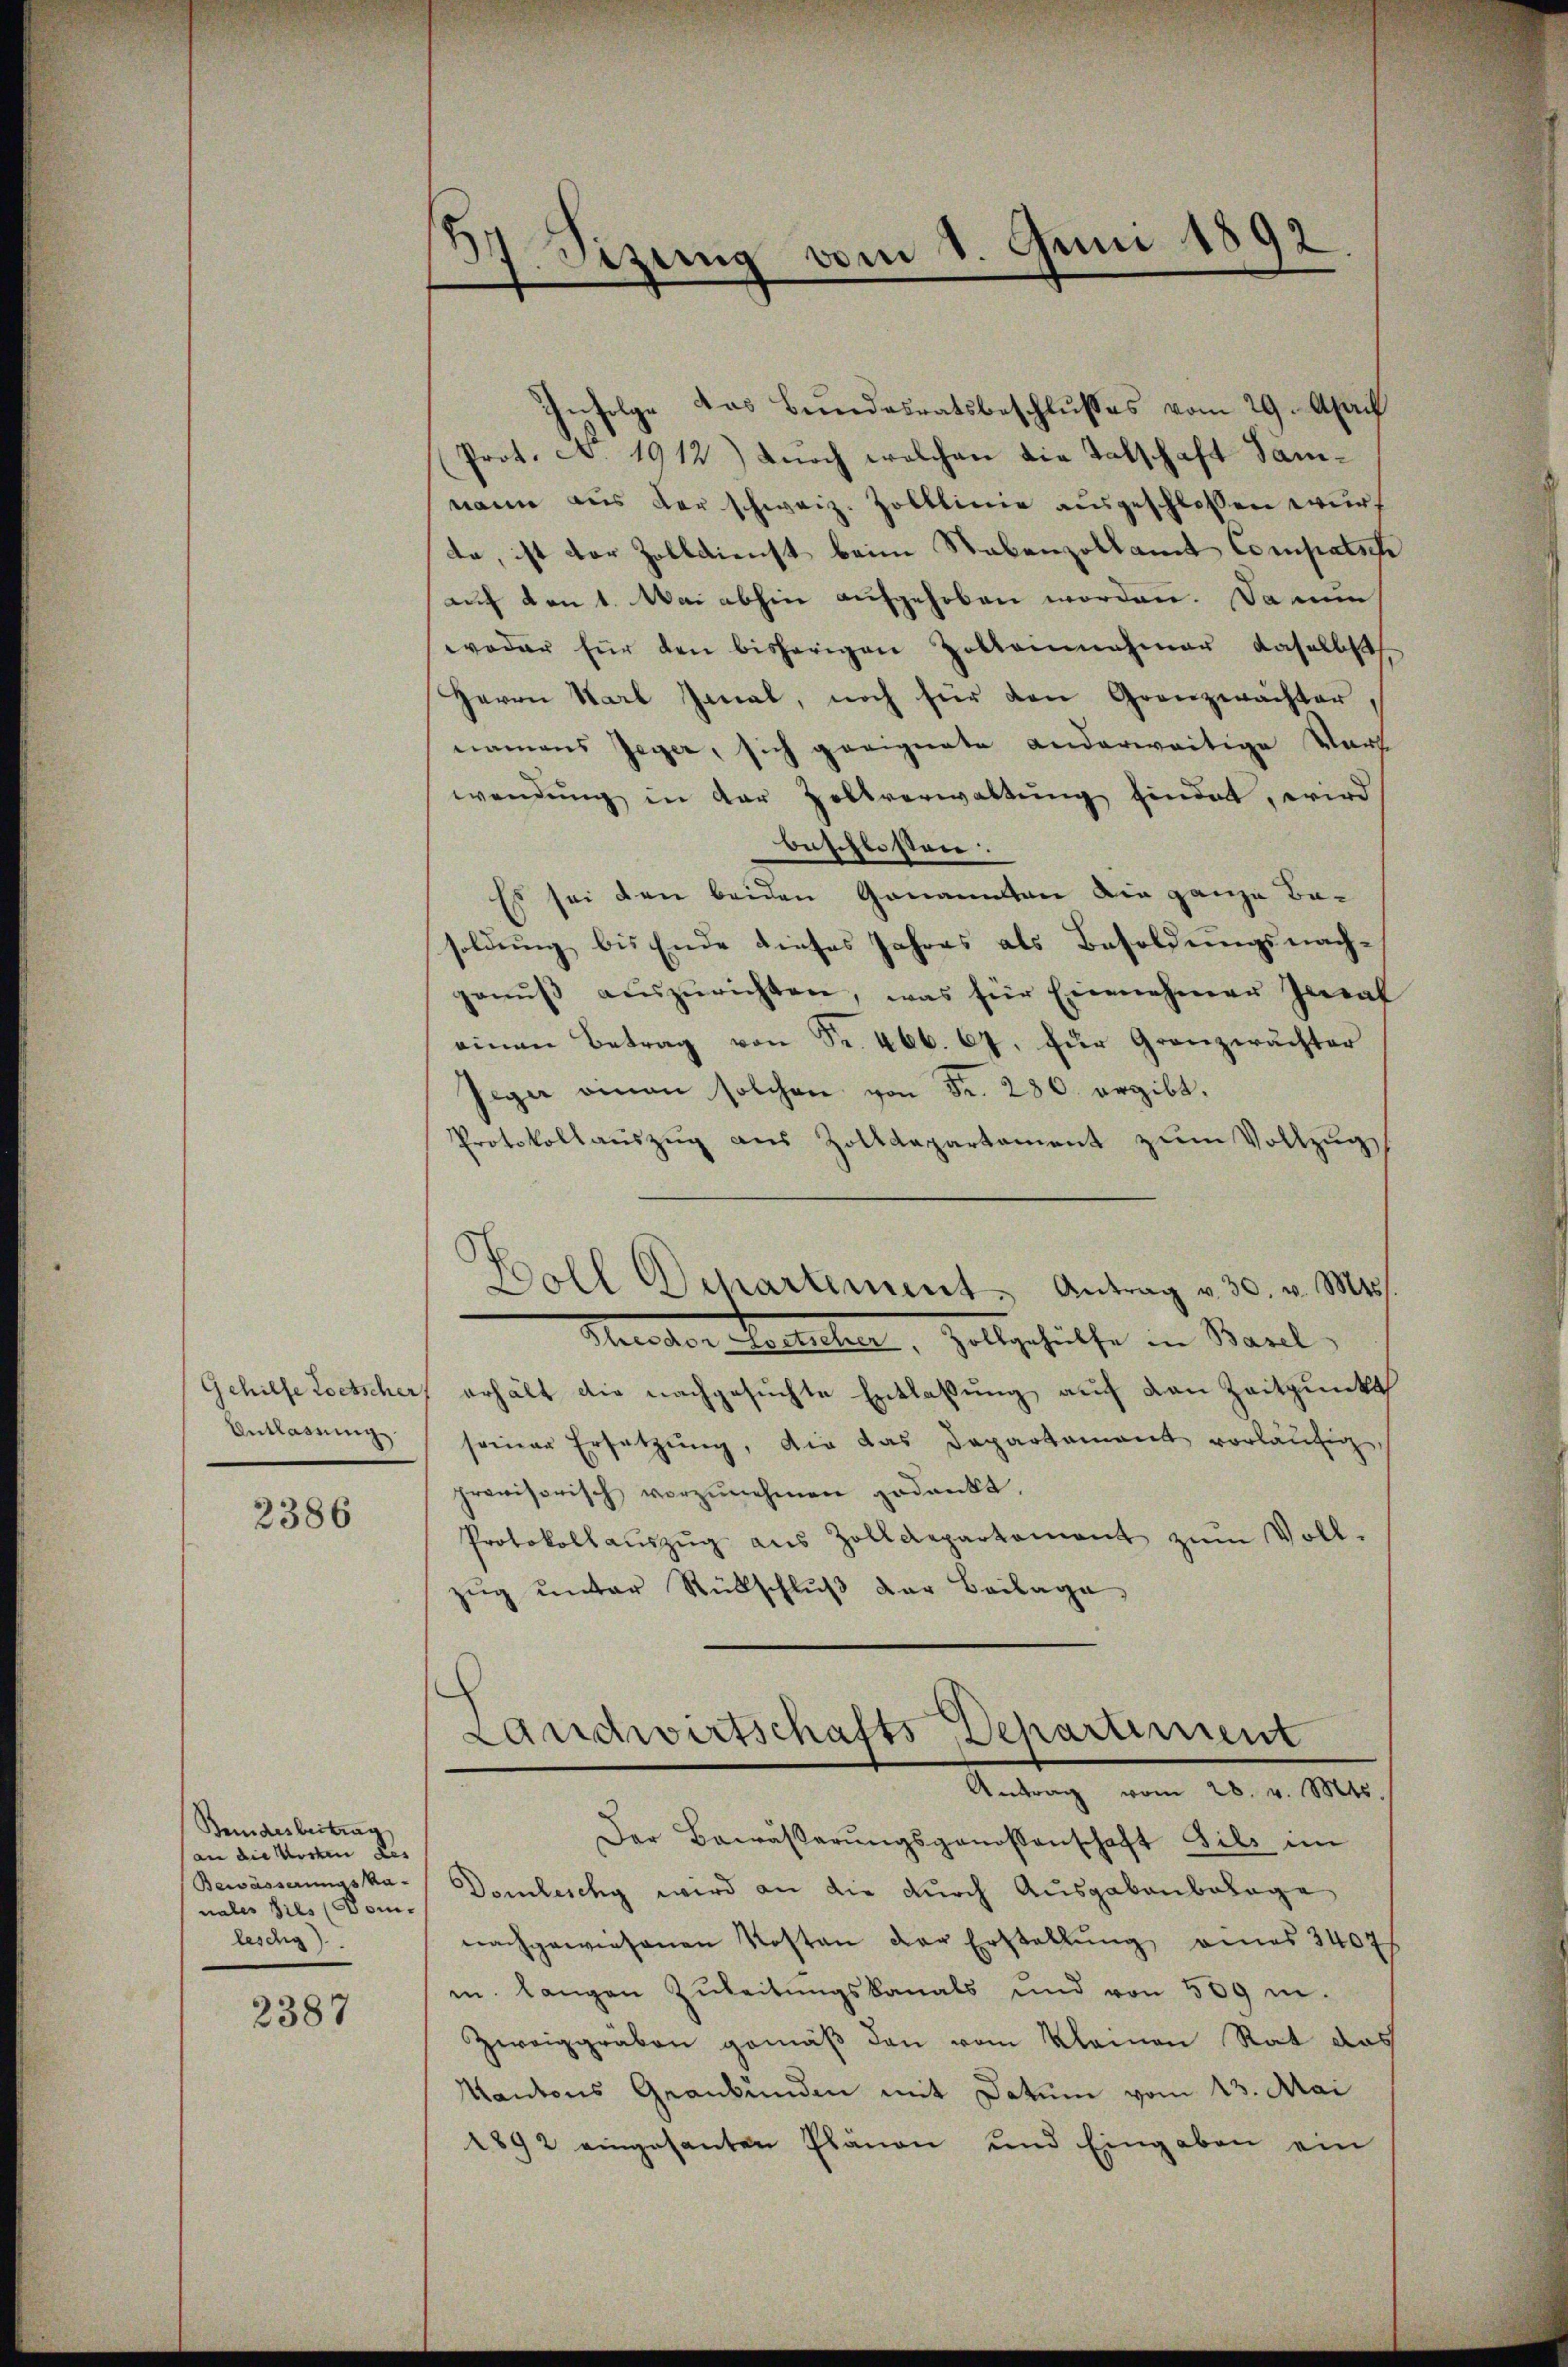
Entlassung.

2386

Bundesbeitung
an die Worten des
Bewässerungska-
nales dies Dom.
leschig)

2387

37. Sizung vom 1. Juni 1892

Infolge das Bundesratsbeschlußes vom 29. April
Prot. A. 1912) durch welchen die Talschaft Samnann aus der schweiz. Zolllinie ausgeschlossen wurd
da, ist der Zolldienst beim Stabenzollamt Compatsch
auf den 1. Mai abhin aufgehoben worden. Da nun
woder für den bisherigen Zolleinnahmer daselbst
Herrn Karl Imal, noch für den Grenzwachter,
namens Jeger, sich geeignete anderweitige Vors
wendŭng in der Zollverwaltŭng findet, wird
beschlossen:
Es sei den beiden Genannten die ganze Be-
soldung bis Ende dieses Jahres als Besoldungsnachgenŭβ aŭszŭrichten, was für Einnahmen Inval
einen Betrag von Fr. 466. 67. für Grenzerächter
Jeger einen solchen von Fr. 280. ergibt.
Protokollauszug aus Zolldepartament zum Vollzug
Boll Departement. Antrag v. 30. v. Mts.
Heredter Bellicher, Zollgehülfe in Basel,
Gehilfe letscher, erhält die nachgesuchte Entlaßung auf den Zeitpunkt
seiner Ersetzung, die das Departament vorläufig,
provisorisch vorzŭnehmen gedankt.
Protokollaŭszŭg aŭs Zolldepartament zŭm Voll-
zŭg ŭnter Rückschlŭβ der Beilage,

Landwirtschafts-Departement
Antrag vom 28. v. Mts.

Der Bewässerŭngsgenossenschaft Sils im
Domlischy wird an die durch Ausgabenbelage
nachgewiesenen Kosten der Erstellŭng eines 2407
m. langen Zŭleitŭngskanals und von 509 m.
Zweiggräben gemäß den vom Kleinen Rat das
Kantons Graubünden mit Datum vom 13. Mai
1892 eingesanten Plänen und Eingaben ein